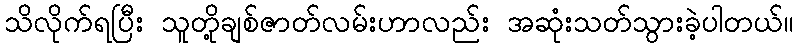
သိလိုက်ရပြီး သူတို့ချစ်ဇာတ်လမ်းဟာလည်း အဆုံးသတ်သွားခဲ့ပါတယ်။